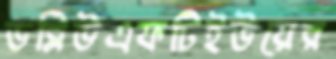
ডব্লিউএফটিইউয়ের